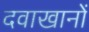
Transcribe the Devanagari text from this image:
दवाखानों